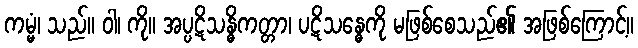
ကမ္မံ၊ သည်။ ဝါ၊ ကို။ အပ္ပဋိသန္ဓိကတ္တာ၊ ပဋိသန္ဓေကို မဖြစ်စေသည်၏ အဖြစ်ကြောင့်။